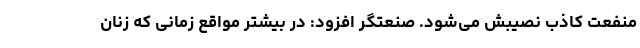
منفعت کاذب نصیبش می‌شود. صنعتگر افزود: در بیشتر مواقع زمانی که زنان